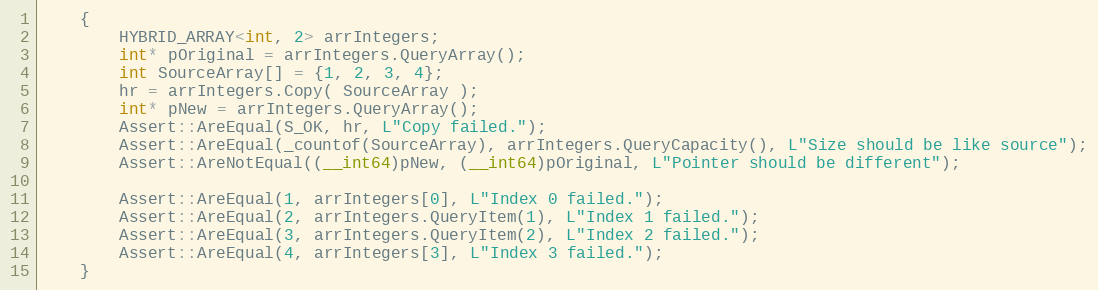
Language: C++
    {
        HYBRID_ARRAY<int, 2> arrIntegers;
        int* pOriginal = arrIntegers.QueryArray();
        int SourceArray[] = {1, 2, 3, 4};
        hr = arrIntegers.Copy( SourceArray );
        int* pNew = arrIntegers.QueryArray();
        Assert::AreEqual(S_OK, hr, L"Copy failed.");
        Assert::AreEqual(_countof(SourceArray), arrIntegers.QueryCapacity(), L"Size should be like source");
        Assert::AreNotEqual((__int64)pNew, (__int64)pOriginal, L"Pointer should be different");

        Assert::AreEqual(1, arrIntegers[0], L"Index 0 failed.");
        Assert::AreEqual(2, arrIntegers.QueryItem(1), L"Index 1 failed.");
        Assert::AreEqual(3, arrIntegers.QueryItem(2), L"Index 2 failed.");
        Assert::AreEqual(4, arrIntegers[3], L"Index 3 failed.");
    }